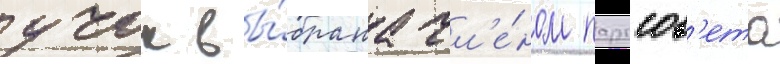
учок вы́брана чл'е́ном партсов'ета